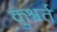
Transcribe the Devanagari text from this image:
कुश्वर्त